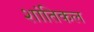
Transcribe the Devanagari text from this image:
शांतिकल